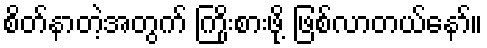
စိတ်နာတဲ့အတွက် ကြိုးစားဖို့ ဖြစ်လာတယ်နော်။